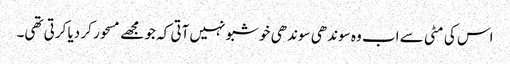
اس کی مٹی سے اب وہ سوندھی سوندھی خوشبو نہیں آتی کہ جو مجھے مسحور کر دیا کرتی تھی۔